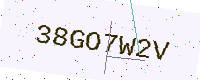
Text: 38GO7W2V